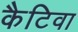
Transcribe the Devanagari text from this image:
कैटिवा